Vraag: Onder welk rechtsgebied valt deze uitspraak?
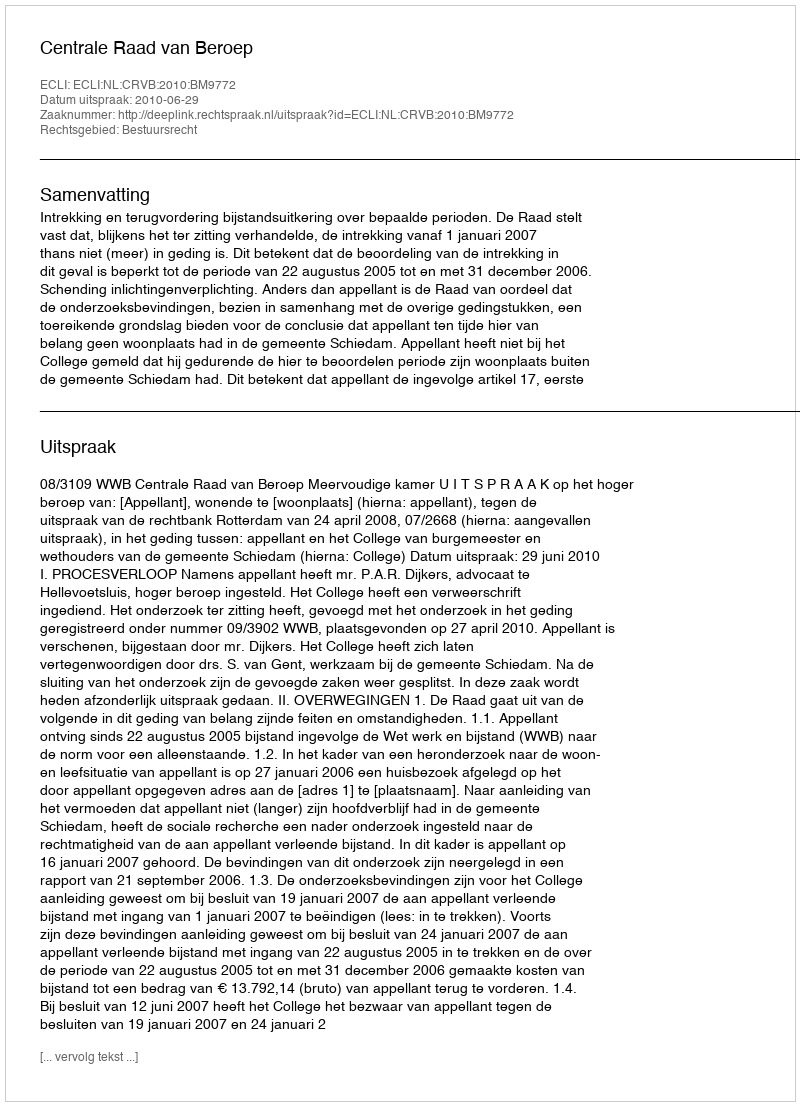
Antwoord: Bestuursrecht